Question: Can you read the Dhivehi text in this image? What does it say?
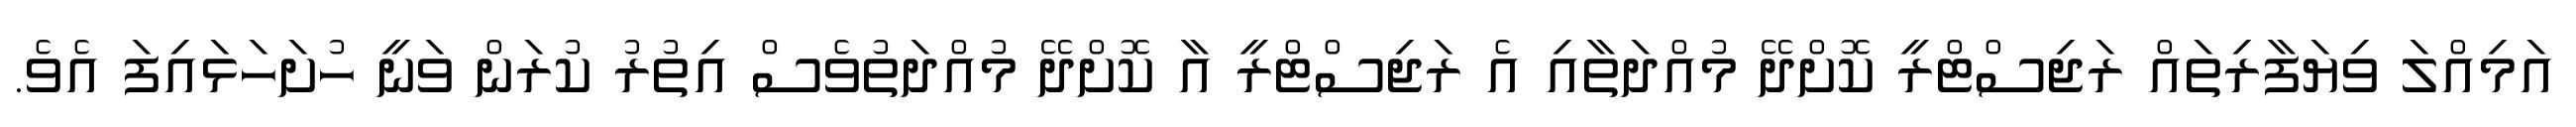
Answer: އަމިއްލަ ވިޔަފާރިތައް ރަޖިސްޓްރީ ކޮށްދޭ މުއްދަތާއި އެ ރަޖިސްޓްރީ އާ ކޮށްދޭ މުއްދަތުވެސް އިތުރު ކުރަން ވަނީ ހުށަހަޅައިފަ އެވެ.